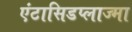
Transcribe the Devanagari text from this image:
एंटासिडप्लाज्मा